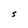
Character: S